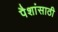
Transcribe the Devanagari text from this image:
पैशांसाठी